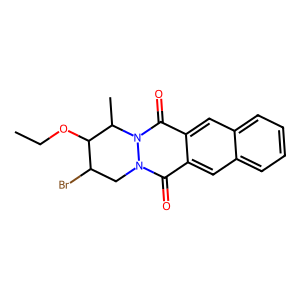
SMILES: CCOC1C(Br)Cn2c(=O)c3cc4ccccc4cc3c(=O)n2C1C
Inhibits HIV replication: No